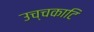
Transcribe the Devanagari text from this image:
उच्चकाटि